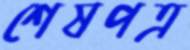
শেষপত্র